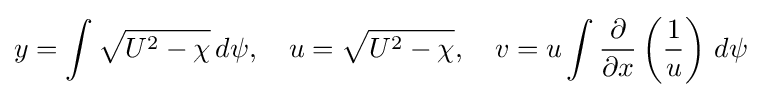
y=\int {\sqrt {U^{2}-\chi }}\,d\psi ,\quad u={\sqrt {U^{2}-\chi }},\quad v=u\int {\frac {\partial }{\partial x}}\left({\frac {1}{u}}\right)\,d\psi